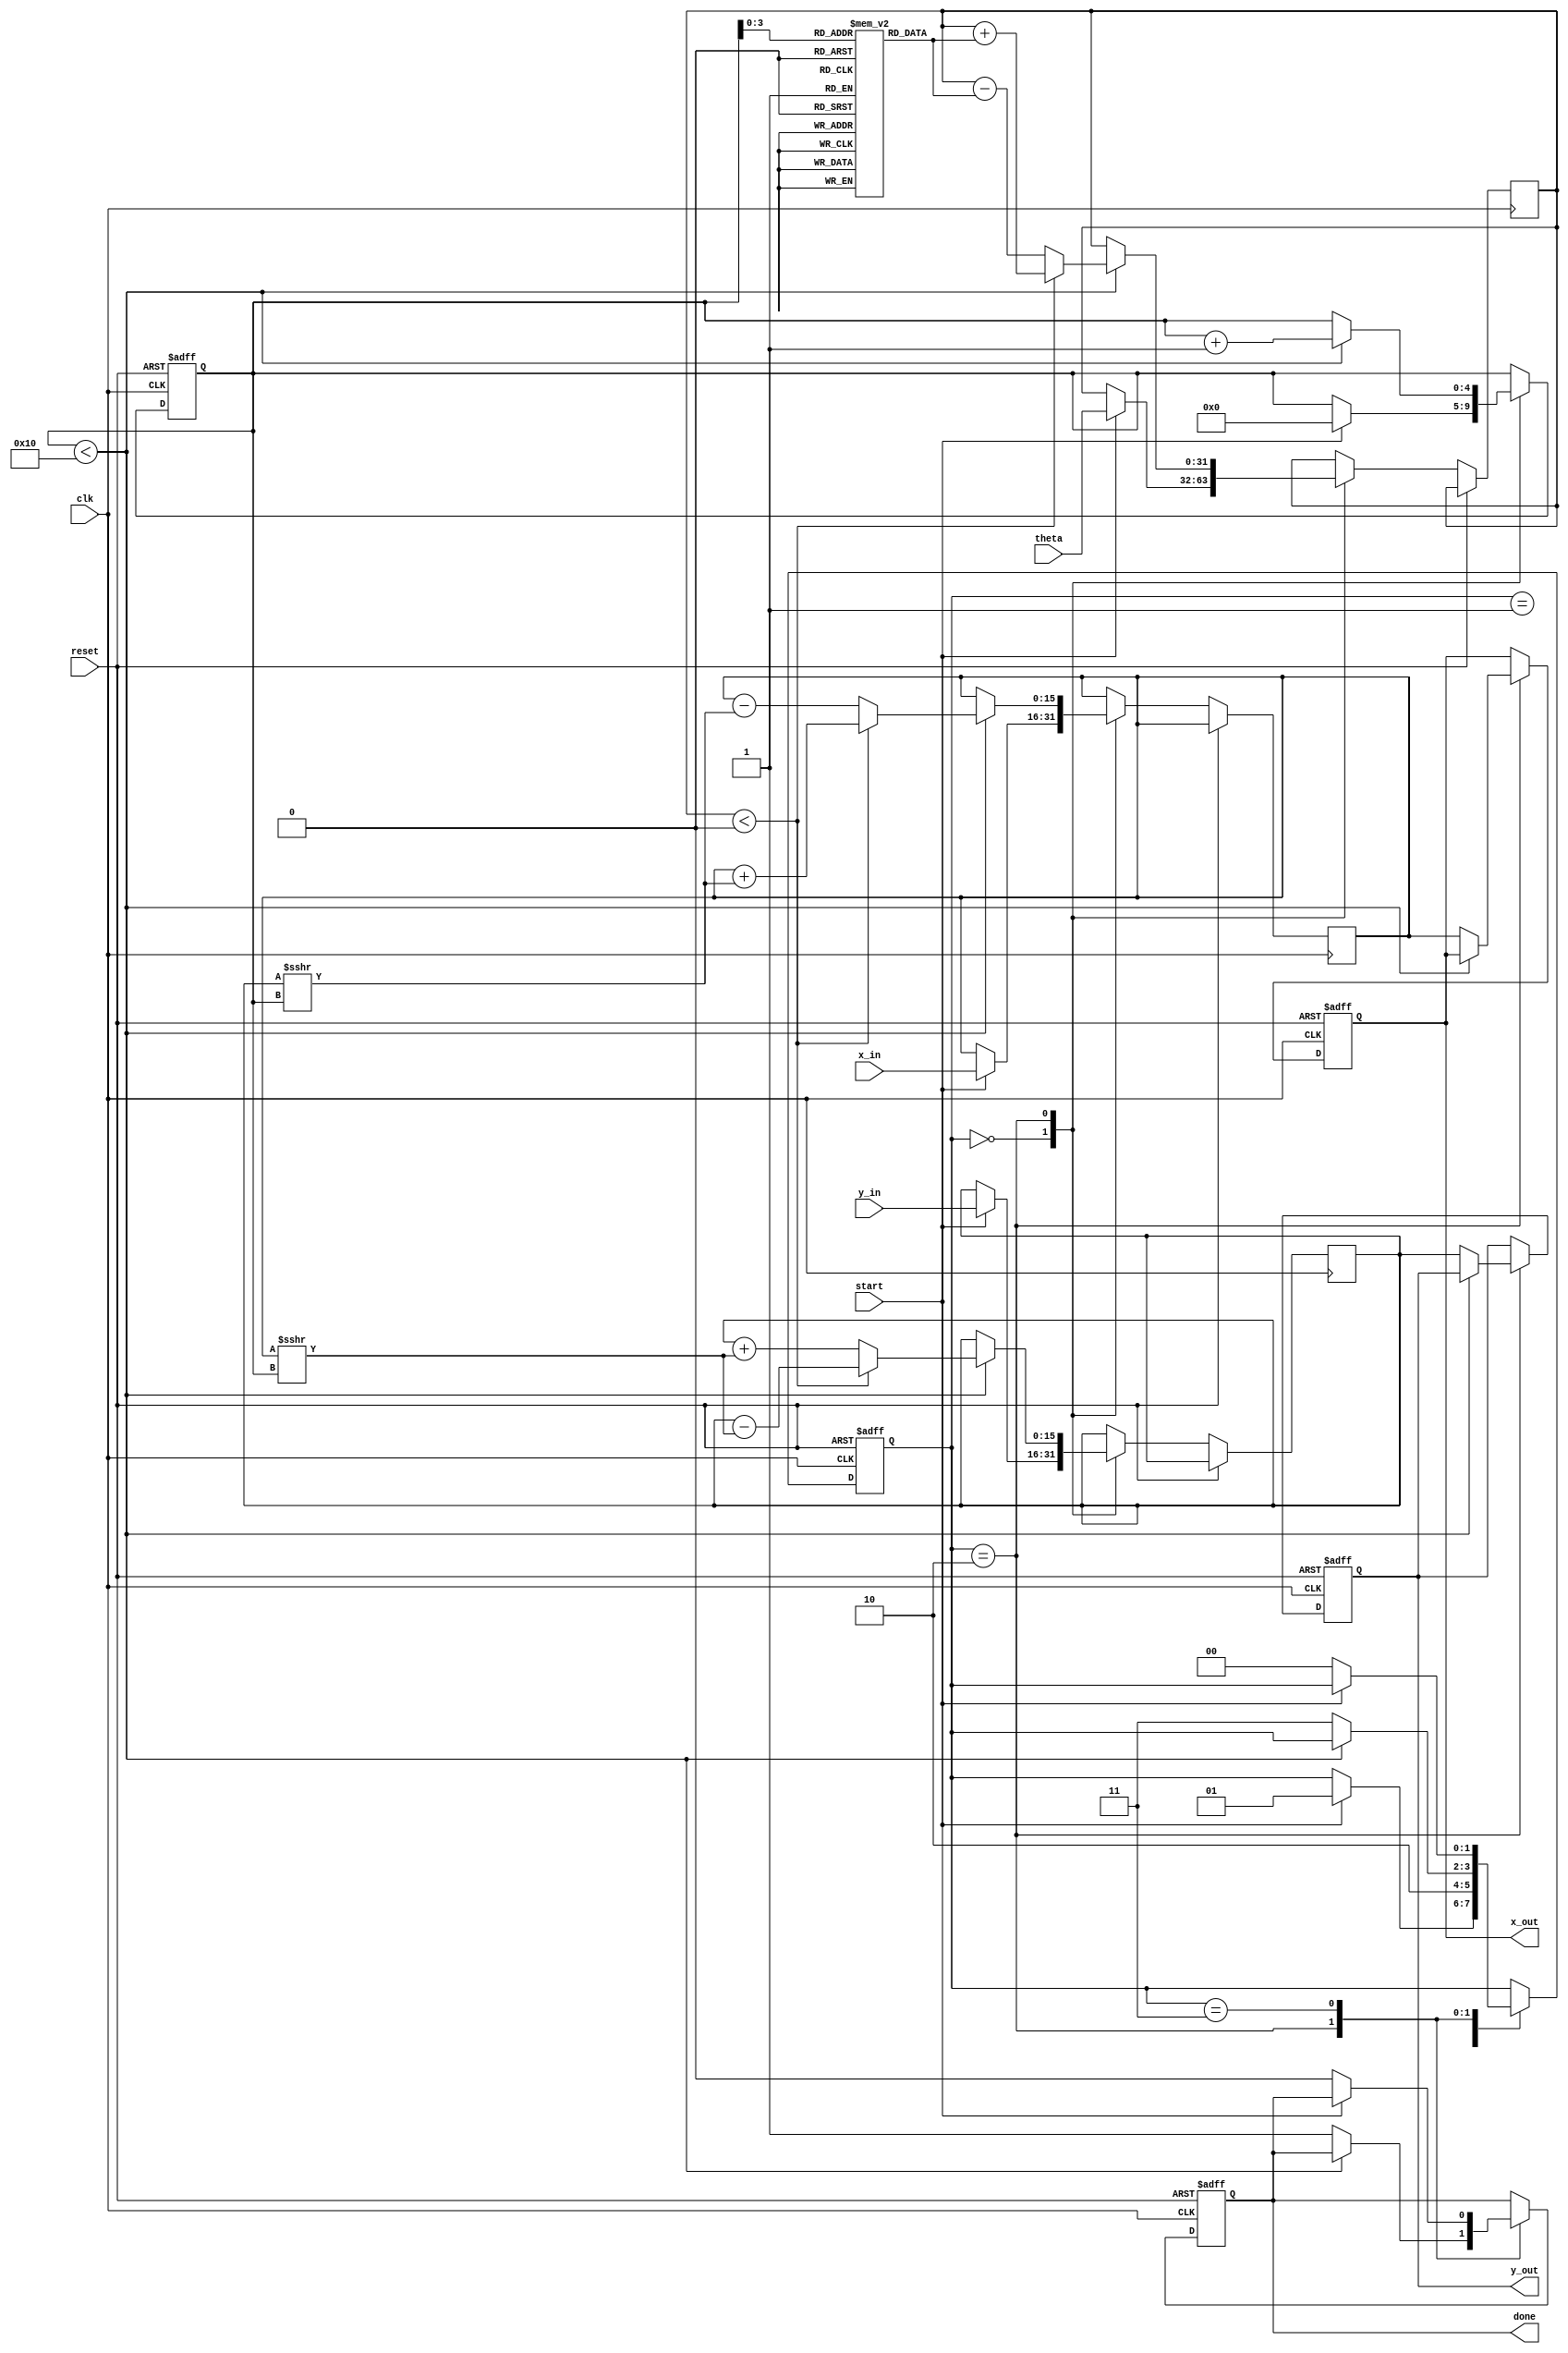
module cordic_rotational #(
    parameter N = 16,              // Number of iterations
    parameter WIDTH = 16,          // Bit-width for fixed-point representation
    parameter ANGLE_WIDTH = 32     // Bit-width for angle input
)(
    input wire clk,
    input wire reset,
    input wire start,
    input wire signed [ANGLE_WIDTH-1:0] theta, // Angle in fixed-point format
    input wire signed [WIDTH-1:0] x_in,         // Initial x vector
    input wire signed [WIDTH-1:0] y_in,         // Initial y vector
    output reg signed [WIDTH-1:0] x_out,        // Final x (cosine)
    output reg signed [WIDTH-1:0] y_out,        // Final y (sine)
    output reg done
);

    // Pre-computed arctangent values for CORDIC
    reg signed [ANGLE_WIDTH-1:0] atan_table [0:N-1];
    initial begin
        // Populate the arctangent table
        atan_table[0] = 32'h00000000; // atan(2^0)
        atan_table[1] = 32'h0000003F; // atan(2^-1) ~ 0.785398
        atan_table[2] = 32'h00000020; // atan(2^-2) ~ 0.463648
        atan_table[3] = 32'h00000014; // atan(2^-3) ~ 0.244978
        // Continue filling the table for more iterations...
        // atan_table[4] = ...
        // ...
    end

    reg signed [WIDTH-1:0] x_reg, y_reg;
    reg signed [ANGLE_WIDTH-1:0] theta_reg;
    reg [4:0] iteration; // 5 bits to count up to N
    reg [1:0] state;     // FSM state

    localparam IDLE = 2'b00,
               INIT = 2'b01,
               ITERATE = 2'b10,
               DONE = 2'b11;

    always @(posedge clk or posedge reset) begin
        if (reset) begin
            x_out <= 0;
            y_out <= 0;
            done <= 0;
            state <= IDLE;
            iteration <= 0;
        end else begin
            case (state)
                IDLE: begin
                    if (start) begin
                        // Load initial values
                        x_reg <= x_in;
                        y_reg <= y_in;
                        theta_reg <= theta;
                        iteration <= 0;
                        state <= INIT;
                    end
                end

                INIT: begin
                    // Initialization complete, move to iteration
                    state <= ITERATE;
                end

                ITERATE: begin
                    if (iteration < N) begin
                        // Determine rotation direction
                        if (theta_reg < 0) begin
                            // Rotate clockwise
                            x_reg <= x_reg + (y_reg >>> iteration);
                            y_reg <= y_reg - (x_reg >>> iteration);
                            theta_reg <= theta_reg + atan_table[iteration];
                        end else begin
                            // Rotate counterclockwise
                            x_reg <= x_reg - (y_reg >>> iteration);
                            y_reg <= y_reg + (x_reg >>> iteration);
                            theta_reg <= theta_reg - atan_table[iteration];
                        end
                        iteration <= iteration + 1;
                    end else begin
                        // Finished iterations
                        x_out <= x_reg; // Final x (cosine)
                        y_out <= y_reg; // Final y (sine)
                        done <= 1;
                        state <= DONE;
                    end
                end

                DONE: begin
                    // Wait for reset or new start signal
                    if (!start) begin
                        done <= 0;
                        state <= IDLE;
                    end
                end
            endcase
        end
    end

endmodule